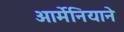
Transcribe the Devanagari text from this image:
आर्मेनियाने